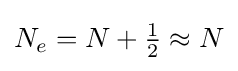
N_{e}=N+{\begin{matrix}{\frac {1}{2}}\approx N\end{matrix}}